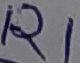
Text: R1